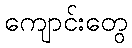
ကျောင်းတွေ